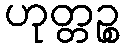
ဟုတ္တဉ္စ